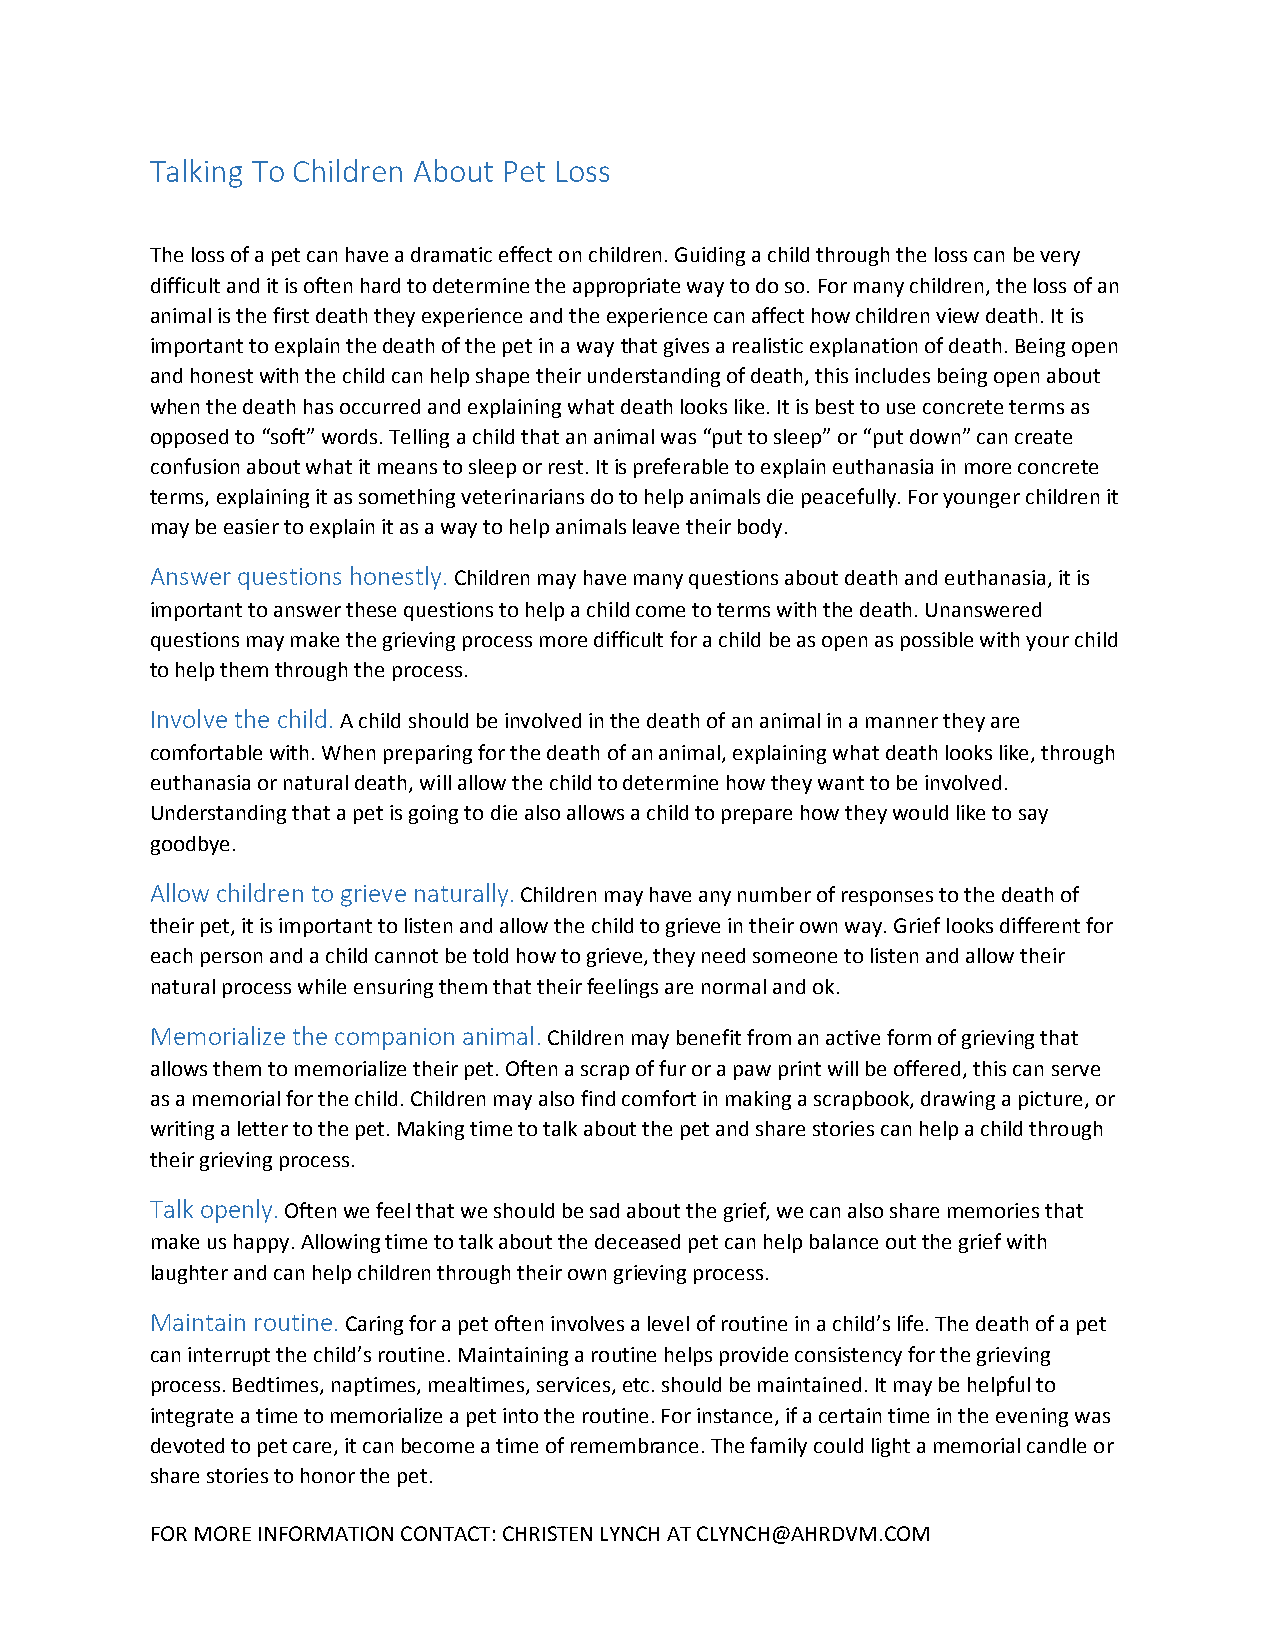
Talking To Children About Pet Loss
 The loss of a pet can have a dramatic effect on children. Guiding a child through the loss can be very
 difficult and it is often hard to determine the appropriate way to do so. For many children, the loss of an
 animal is the first death they experience and the experience can affect how children view death. It is
 important to explain the death of the pet in a way that gives a realistic explanation of death. Being open
 and honest with the child can help shape their understanding of death, this includes being open about
 when the death has occurred and explaining what death looks like. It is best to use concrete terms as
 opposed to “soft” words. Telling a child that an animal was “put to sleep” or “put down” can create
 confusion about what it means to sleep or rest. It is preferable to explain euthanasia in more concrete
 terms, explaining it as something veterinarians do to help animals die peacefully. For younger children it
 may be easier to explain it as a way to help animals leave their body.
 Answer questions honestly. Children may have many questions about death and euthanasia, it is
 important to answer these questions to help a child come to terms with the death. Unanswered
 questions may make the grieving process more difficult for a child be as open as possible with your child
 to help them through the process.
 Involve the child. A child should be involved in the death of an animal in a manner they are
 comfortable with. When preparing for the death of an animal, explaining what death looks like, through
 euthanasia or natural death, will allow the child to determine how they want to be involved.
 Understanding that a pet is going to die also allows a child to prepare how they would like to say
 goodbye.
 Allow children to grieve naturally. Children may have any number of responses to the death of
 their pet, it is important to listen and allow the child to grieve in their own way. Grief looks different for
 each person and a child cannot be told how to grieve, they need someone to listen and allow their
 natural process while ensuring them that their feelings are normal and ok.
 Memorialize the companion animal. Children may benefit from an active form of grieving that
 allows them to memorialize their pet. Often a scrap of fur or a paw print will be offered, this can serve
 as a memorial for the child. Children may also find comfort in making a scrapbook, drawing a picture, or
 writing a letter to the pet. Making time to talk about the pet and share stories can help a child through
 their grieving process.
 Talk openly. Often we feel that we should be sad about the grief, we can also share memories that
 make us happy. Allowing time to talk about the deceased pet can help balance out the grief with
 laughter and can help children through their own grieving process.
 Maintain routine. Caring for a pet often involves a level of routine in a child’s life. The death of a pet
 can interrupt the child’s routine. Maintaining a routine helps provide consistency for the grieving
 process. Bedtimes, naptimes, mealtimes, services, etc. should be maintained. It may be helpful to
 integrate a time to memorialize a pet into the routine. For instance, if a certain time in the evening was
 devoted to pet care, it can become a time of remembrance. The family could light a memorial candle or
 share stories to honor the pet.
 FOR MORE INFORMATION CONTACT: CHRISTEN LYNCH AT CLYNCH@AHRDVM.COM